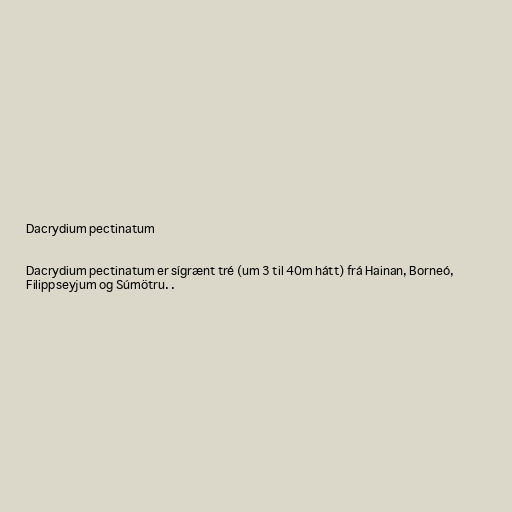
Dacrydium pectinatum

Dacrydium pectinatum er sígrænt tré (um 3 til 40m hátt) frá Hainan, Borneó,
Filippseyjum og Súmötru. .